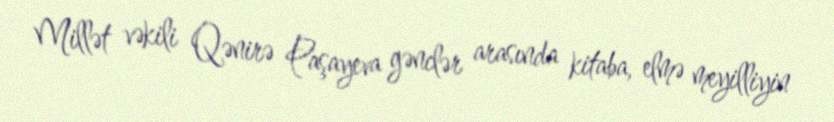
Millət vəkili Qənirə Paşayeva gənclər arasında kitaba, elmə meyilliyin